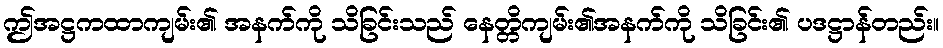
ဤအဋ္ဌကထာကျမ်း၏ အနက်ကို သိခြင်းသည် နေတ္တိကျမ်း၏အနက်ကို သိခြင်း၏ ပဒဋ္ဌာန်တည်း။